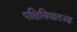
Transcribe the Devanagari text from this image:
पक्षिविद्यातज्‍ज्ञ